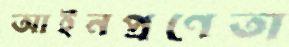
আইনপ্রণেতা